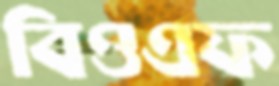
বিওএফ